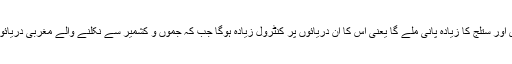
معاہدے کے تحت بھارت کو پنجاب میں بہنے والے تین مشرقی دریاں بیاس، راوی اور ستلج کا زیادہ پانی ملے گا یعنی اُس کا ان دریائوں پر کنٹرول زیادہ ہوگا جب کہ جموں و کشمیر سے نکلنے والے مغربی دریائوں چناب، جہلم اور سندھ کا زیادہ پانی پاکستان کو استعمال کرنے کی اجازت ہوگی۔